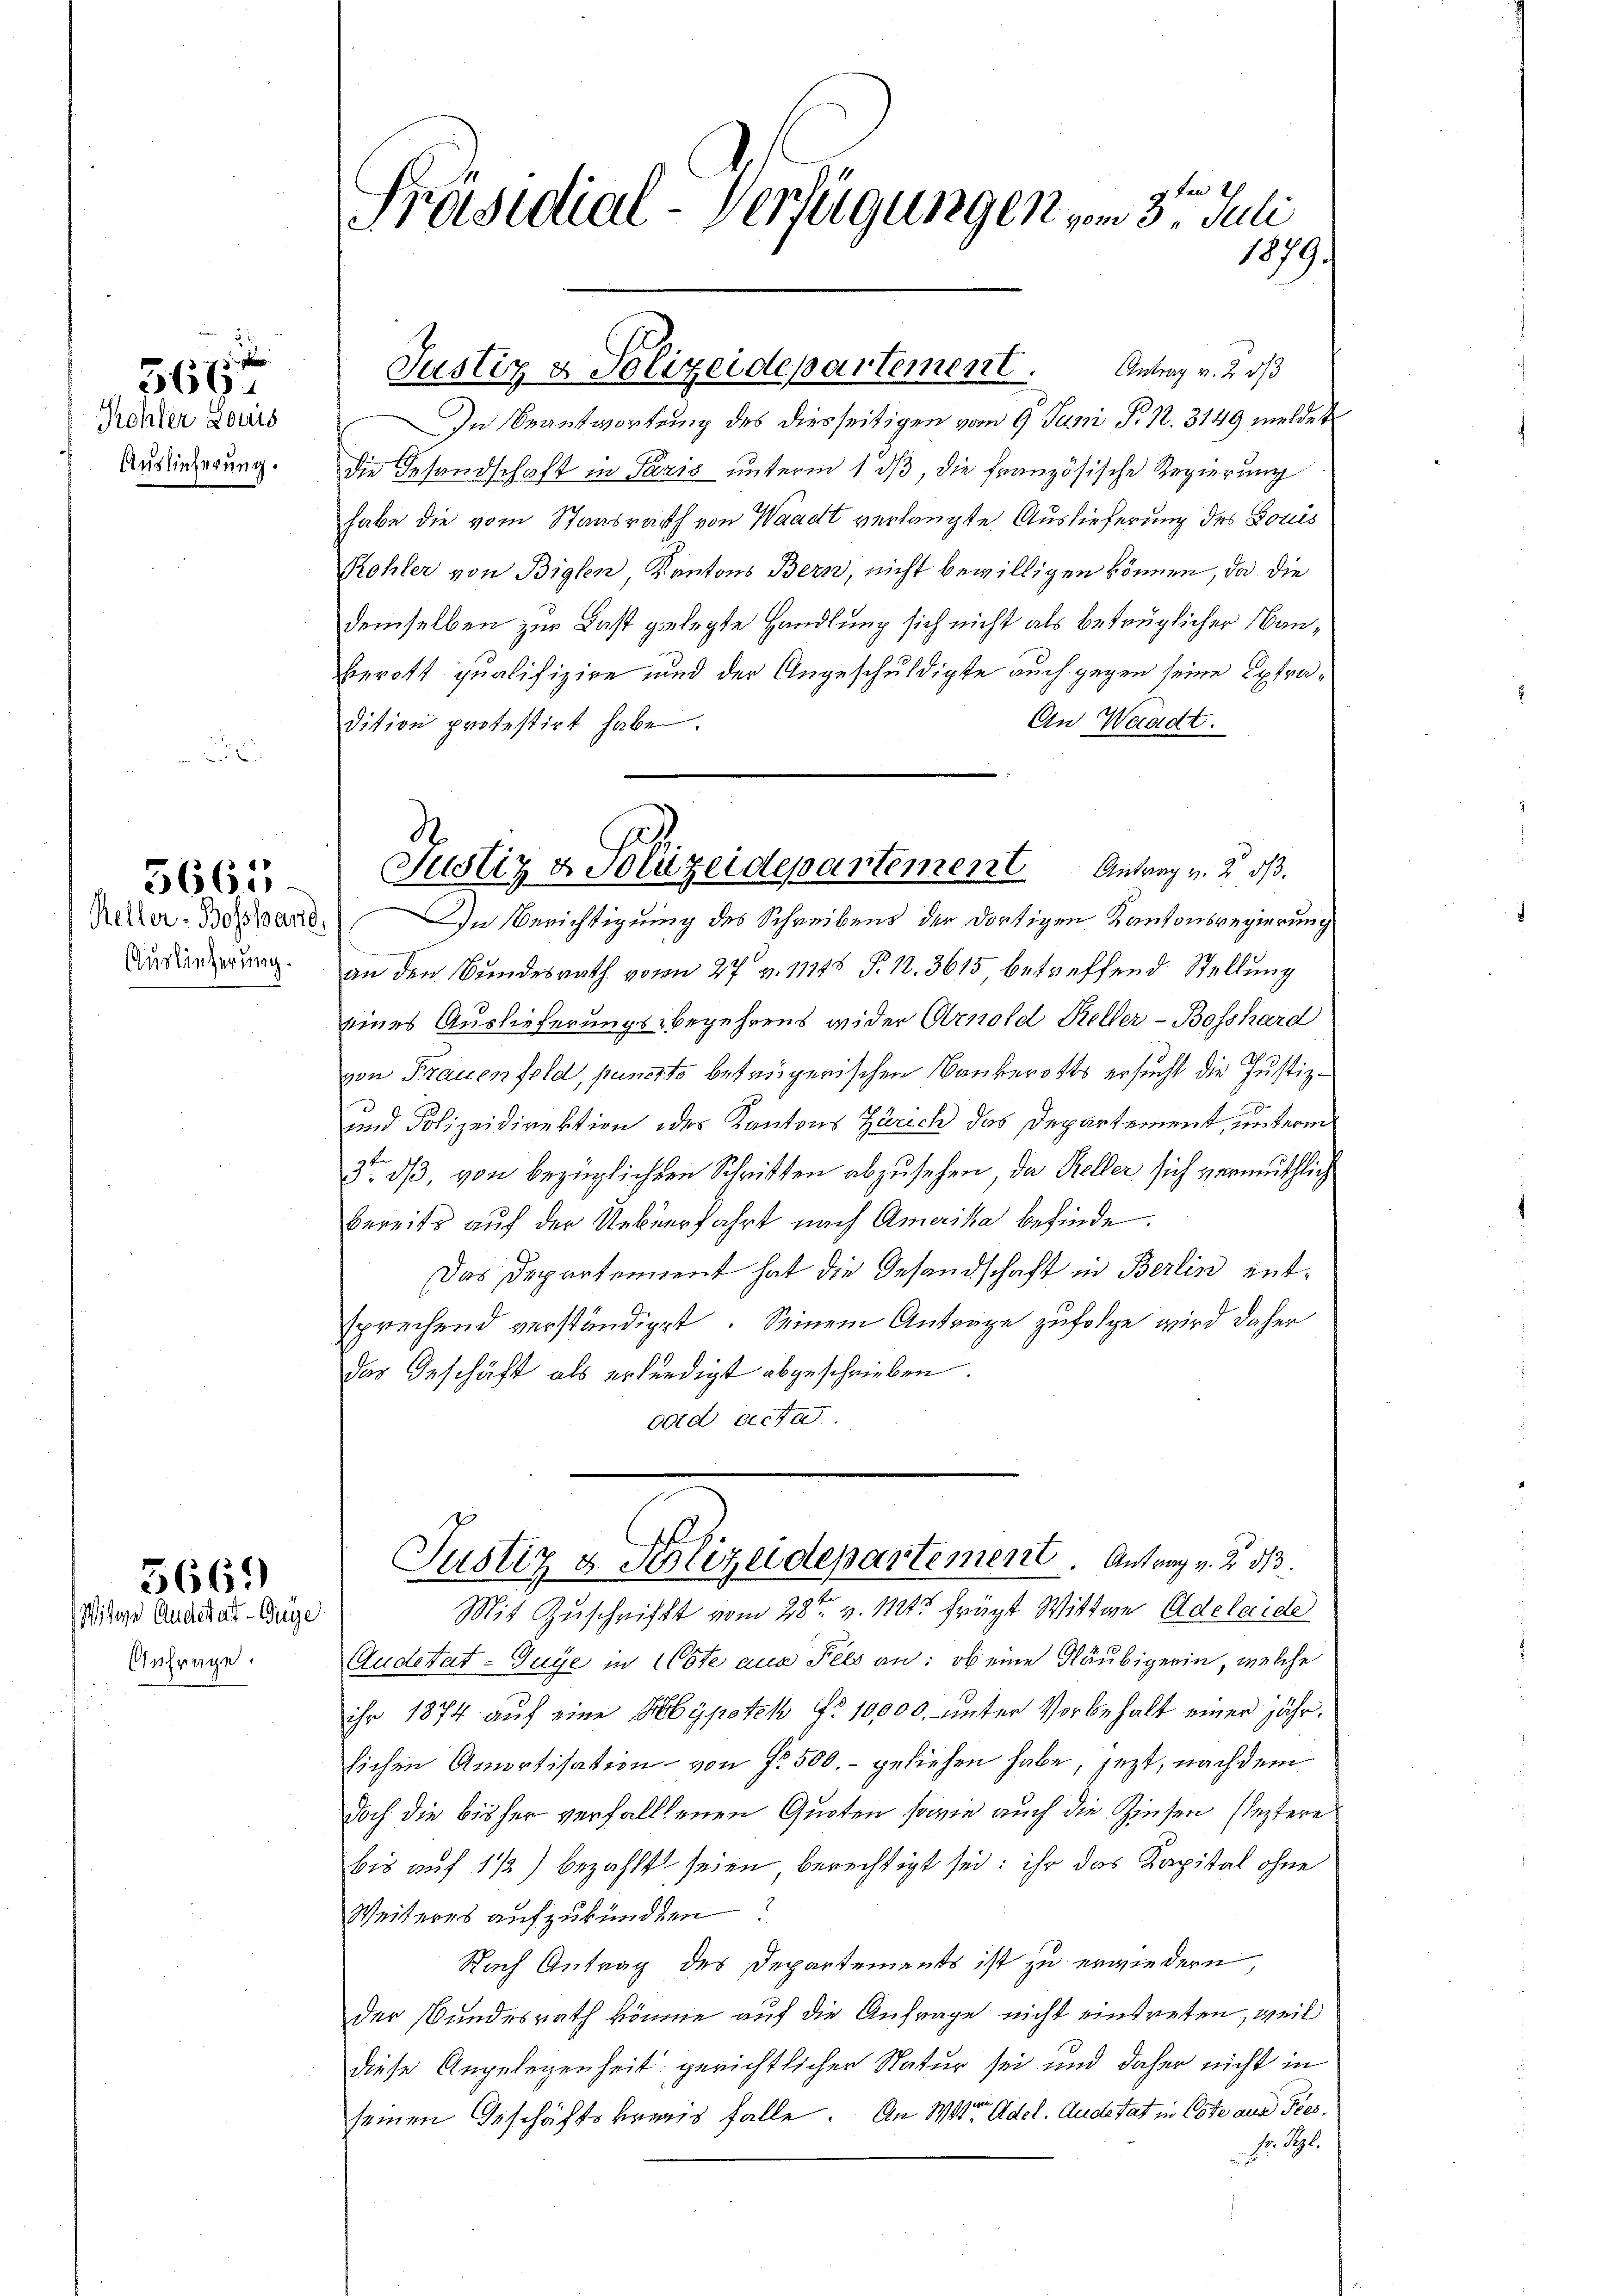
Rohler Louis
Auslieferung.

566.

Keller-Bosshand,
Auslieferung.

5665-

5665)

Wisige Andestatt-Guge
Anfrage.

en
Präsidial-Verfügungen vom 3. Juli
1879.

In Beantwortung des diesseitigen vom 9. Juni d. 12. 3149 meldet
die Gesandschaft in Paris unterm 1 dβ, die französische Regierung
habe die vom Staatsrath von Waadt verlangte Auslieferung des Louis
Rohler von Biglen Kantons Bern, nicht bewilligen können, da die
demselben zur Last gelegte Handlung sich nicht als betrüglicher Hanerott qualifizire und der Angeschuldigte auch gegen seine Extra¬
An Waadt.
dition protestirt habe.
In Berichtigung des Schreibens der dortigen Kantonsregierung
e
an den Bundesrath vom 27 v. 11745 P. N. 3615 betreffend Stellung
eines Auslieferungsbegehrens wider Arnold Keller-Bosshard
von Frauenfeld, puncto betrügerischen Bankerotts ersucht die Justiz-
x
und Polizeidirektion des Kantons Zürich das Departement, unterm
u
3. dß, von bezüglichen Schritten abzusehen, da Keller sich vermuschlich
bereits auf der Ueberfahrt nach Amerika befinde.
Das Departement hat die Gesandschaft in Berlin entsprechend verständiget. Seinem Anträge zufolge wird daher
das Geschäft als erfündigt abgeschrieben.
oid acta.
Justiz & Polizeidepartement. Antrag v. Z. 313.
Mit Zuschrift vom 28ten v. Mts frügt Wittwe Adelaide
Audetat-Guye in CCste aus Fels an: ob eine Gläubigerin, welche
ihr 1874 auf eine Hypotek No 10000. unter Vorbehalt einer jährlichen Amortisation von fl. 500.- geliehen habe, jetzt, nachdem
doch die bisher verfalltenen Quoten sowie auch die Zinsen leztere
bis auf 1 1/2) bezahlt seien berechtigt sei; ihr das Kapital ohne
Weiteres aufzukünden?
Nach Antrag des Departements ist zu erwiedern,
der Bundesrath könne auf die Anfrage nicht eintreten, weil
diese Angelegenheit gerichtlicher Natur sei und daher nicht in
seinen Geschäftskraus falle. Am 11ten Adel. Andertat in Cote aus Ties
Der Sigl.

Justiz & Polizeidepartement. Antrag v. 2. ds

Justiz & Polizeidepartemen Antrag v. 2. ds.